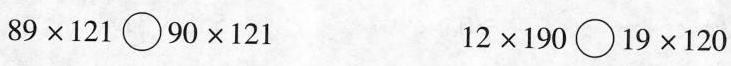
$$8 9 \times 1 2 1 \circ 9 0 \times 1 2 1$$ $$1 2 \times 1 9 0 \circ 1 9 \times 1 2 0$$